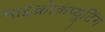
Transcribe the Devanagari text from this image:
माइक्रोकंप्यूटिंग